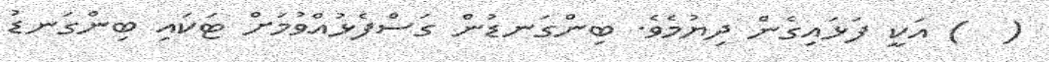
(  ) އަކީ ފަޅައިގެން ދިޔުމެވެ. ބިންގަނޑުން ގަސްފެޅުއްވުމަށް ޓަކައި ބިންގަނޑު